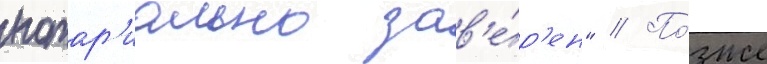
нотар'иально зав'е́р'ен" // По́зже